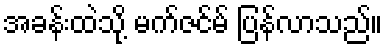
အခန်းထဲသို့ မက်ဇင်မ် ပြန်လာသည်။